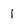
Character: I